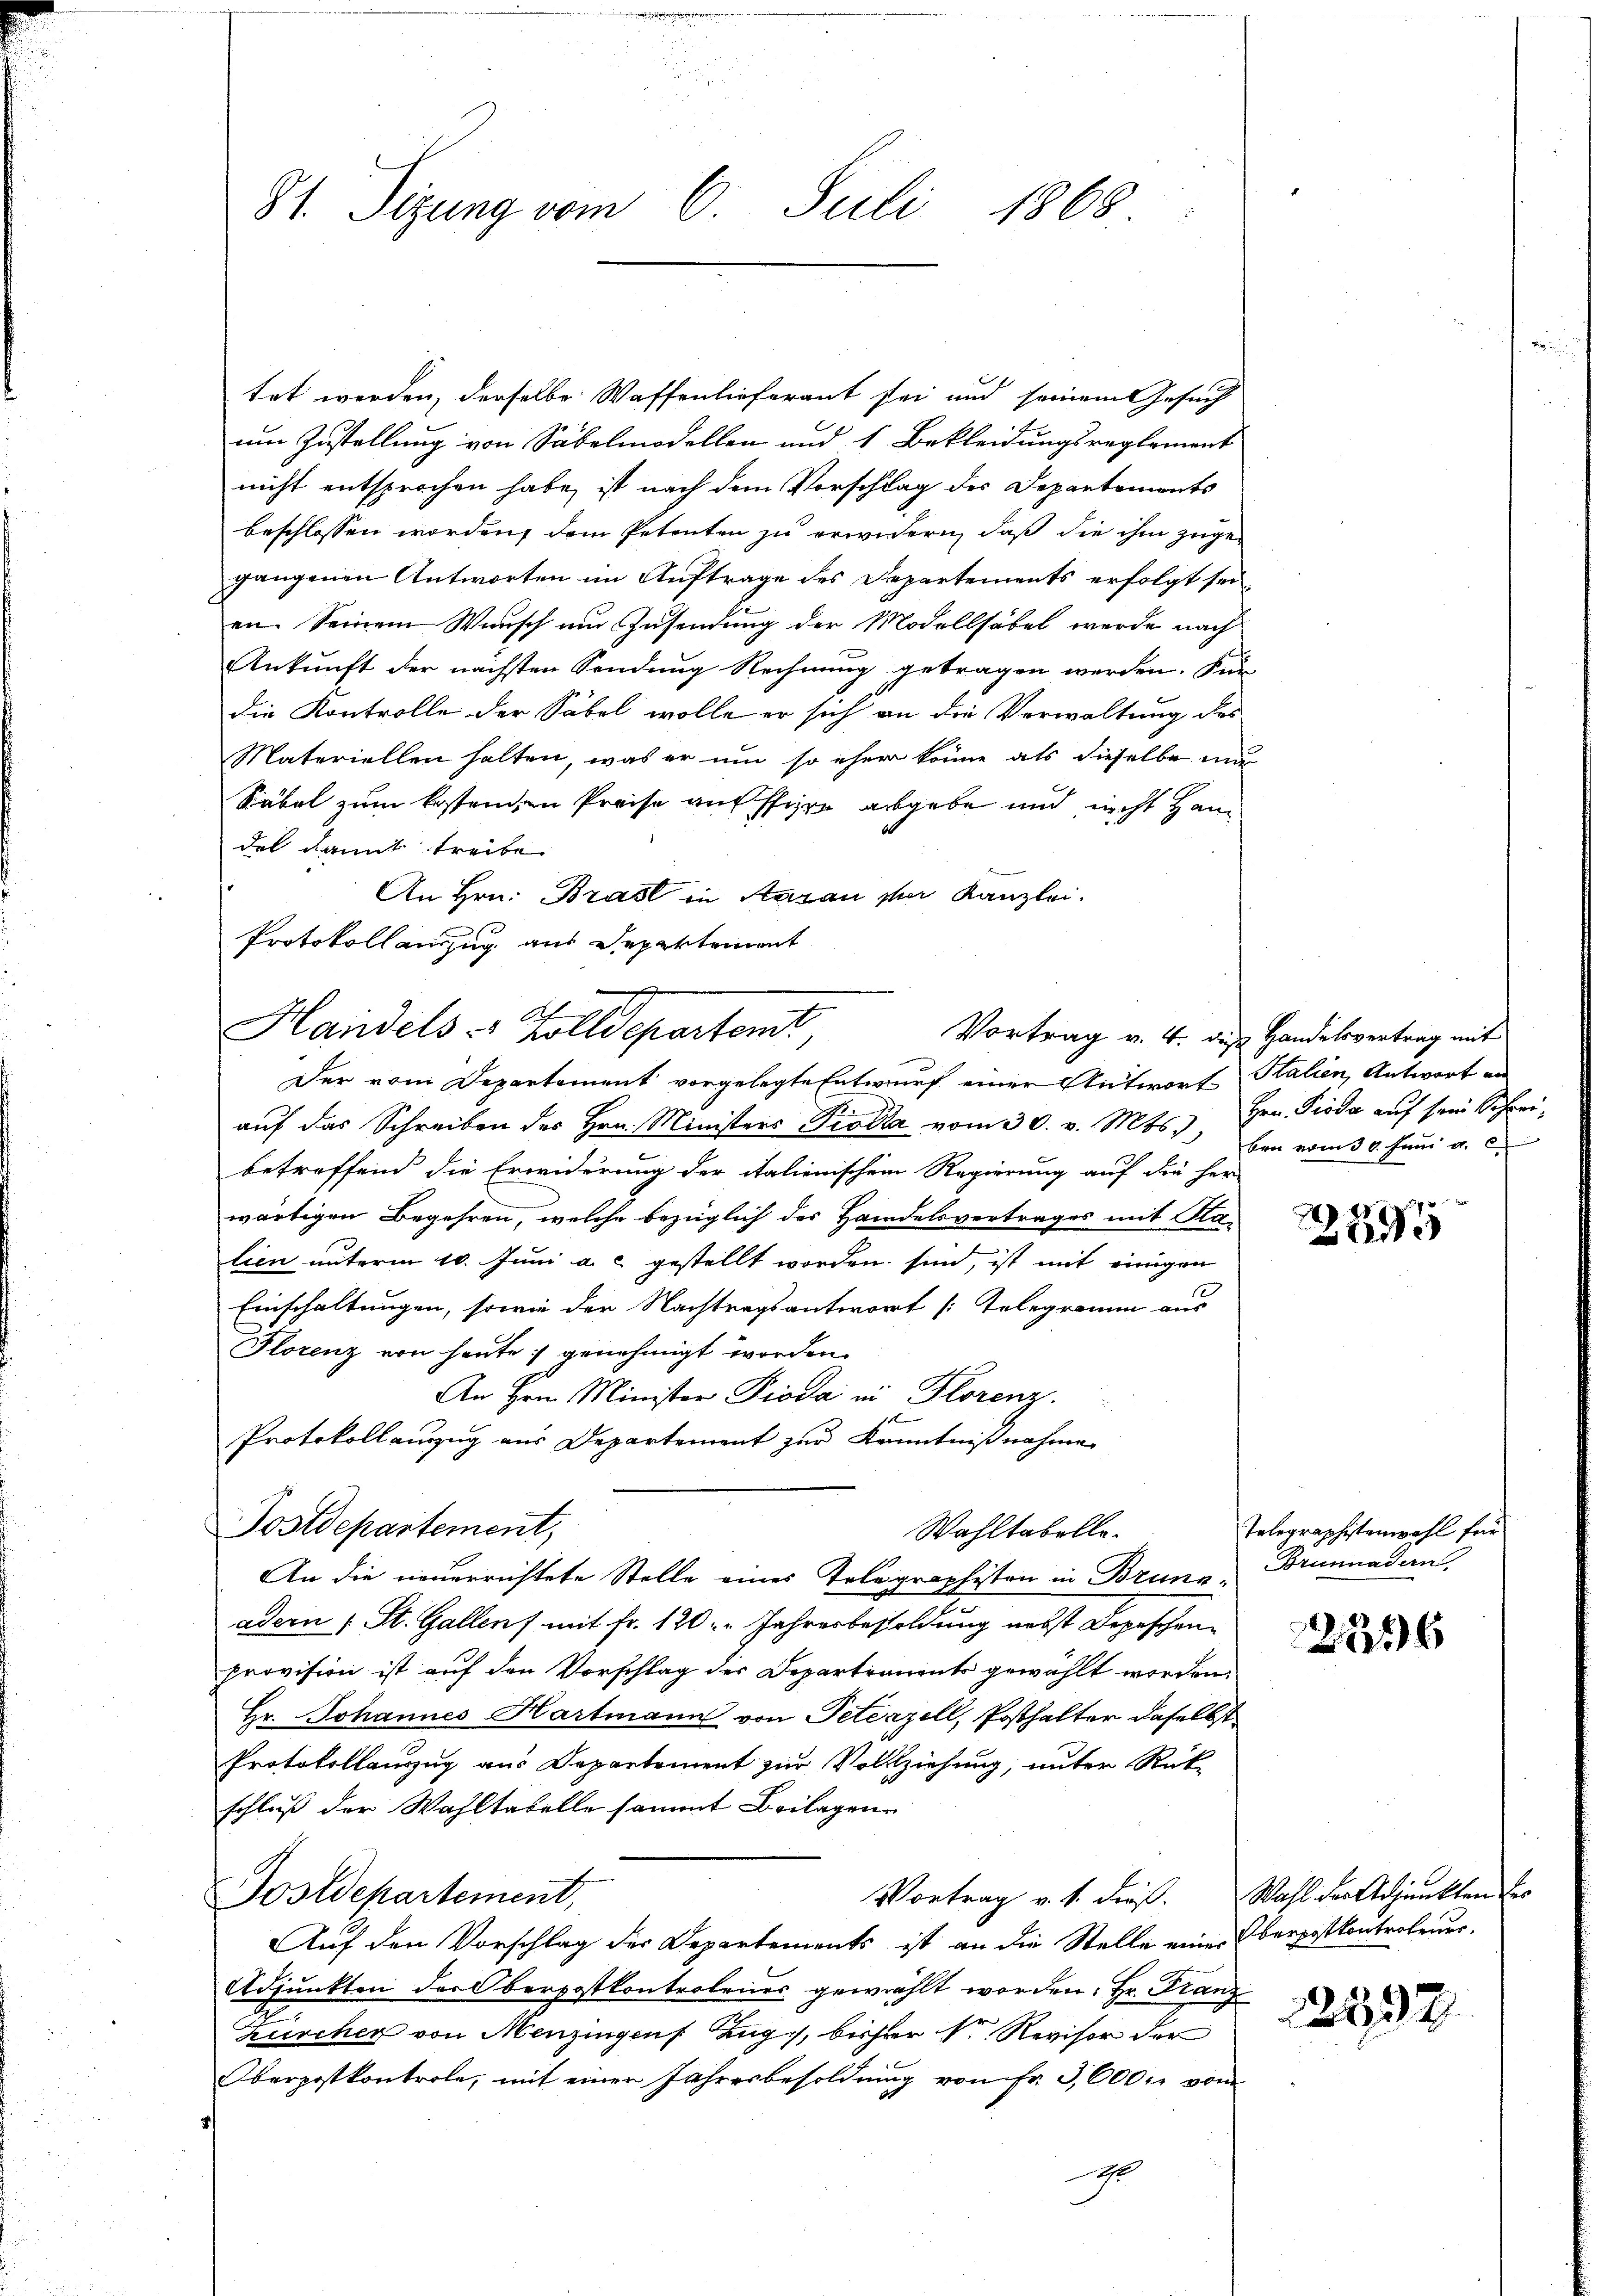
81. Sizung vom 6. Juli 1868

tet werden, derselbe Waffenlieferant sei und seinem Gesuch
um Zustellung von Säbelmodellen und 1 Bekleidungsreglement
nicht entsprochen habe, ist nach dem Vorschlag des Departements
beschlossen worden, dem Petenten zu erwidern, daß die ihm zugegangenen Antworten im Auftrage des Departements erfolgt sei
en. Seinem Wunsch um Zusendung der Modellsäbel werde nach
Ankunft der nächsten Sendung Rechnung getragen werden. Für
die Kontrolle der Säbel wolle er sich an die Verwaltung des
Materiellen halten, was er um so eher könne als dieselbe nu
Säbel zum kostenden Preise auf stire abgebe und nicht Handel damit treibe
An Hrn. Brast in Saran vor Kanzlei.
Protokollauszug aus Departement
auf das Schreiben des Hrn. Ministers Pioda vom 30. v. Mts. Hrn. Gioda auf sein Schreibetreffend die Erwiderung der italienischem Regierung auf die her-
wärtigen Begehren, welche bezüglich des Handelsvertrages mit Ra-
lien unterm 10. Juni a. c. gestellt worden sind, ist mit einigen
.
Einschaltungen, sowie der Nachtragsantwort [Telegramm aus
Florenz von heute genehmigt worden.
An Hrn. Minister Pioda in Florenz.
Protokollauszug aus Departement zur Kenntnißnahme
Postdepartement,
Wahltabelle.
An die neuerrichtete Stelle eines Telegraphisten in Brunnader 1 St. Gallen mit Fr. 120: " Jahresbesoldung nebst Depeschenprovision ist auf den Vorschlag des Departements gewählt worden,
Hr. Johannes Hartmann von Petenzell, Posthalter daselbst
Protokollauszug aus Departement zur Vollziehung, unter Rück-
schluß der Wahltabelle sammt Beilagen.
Vortrag v. 1. dieß. Wahl der Adjunkten des
Tostdepartement,
Auf den Vorschlag der Departements ist an die Stelle einer Oberpostkontroleuer.
Adjunkten der Oberpostkontrolenes gewählt worden. Hr. Franz
.
Zürcher von Menzingen Zug, bisher der Revisor der
Oberpostkontrole, mit einer Jahresbesoldung von fr. 3,600. vom
t

Handels- Holldepartemt
Der vom Departement vorgelegte Entwurf einer Antwort Halien, Antwort an

Vortrag v. 4. die Handelsvertrag mit
ben vom 30. Juni a. c

29

Telegraphistenwohl für
Brunnadern,

236

2392